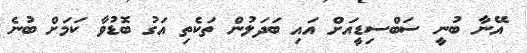
އޭނާ ބުނީ ސަބްސިޑީއަށް އައި ބަދަލުން ތަކެތި އަގު ބޮޑުވާ ކަމަށް ބުނެ